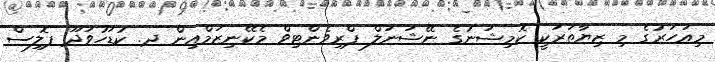
މިއަހަރުގެ މި ޒިޔާތަރަކީ ކޮމިޝަނުގެ ނޭޝަނަލް ޕްރިވެންޓިވް މެކޭނިޒަމްއިން ދ. ކުޑަހުވަދޫ ޕޮލިސް